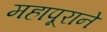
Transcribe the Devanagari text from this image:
महापूराने